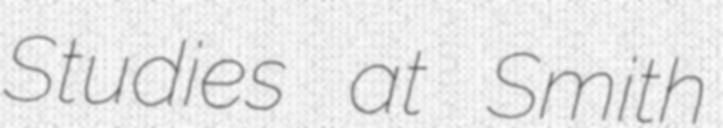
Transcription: Studies at Smith